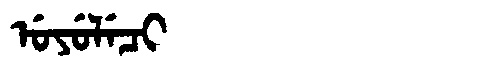
Manchu: ᡠᠶᡠᠯᡝᠴᡳ
Romanization: UYULECI